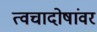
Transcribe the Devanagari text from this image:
त्वचादोषांवर